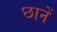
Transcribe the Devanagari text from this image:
छानें